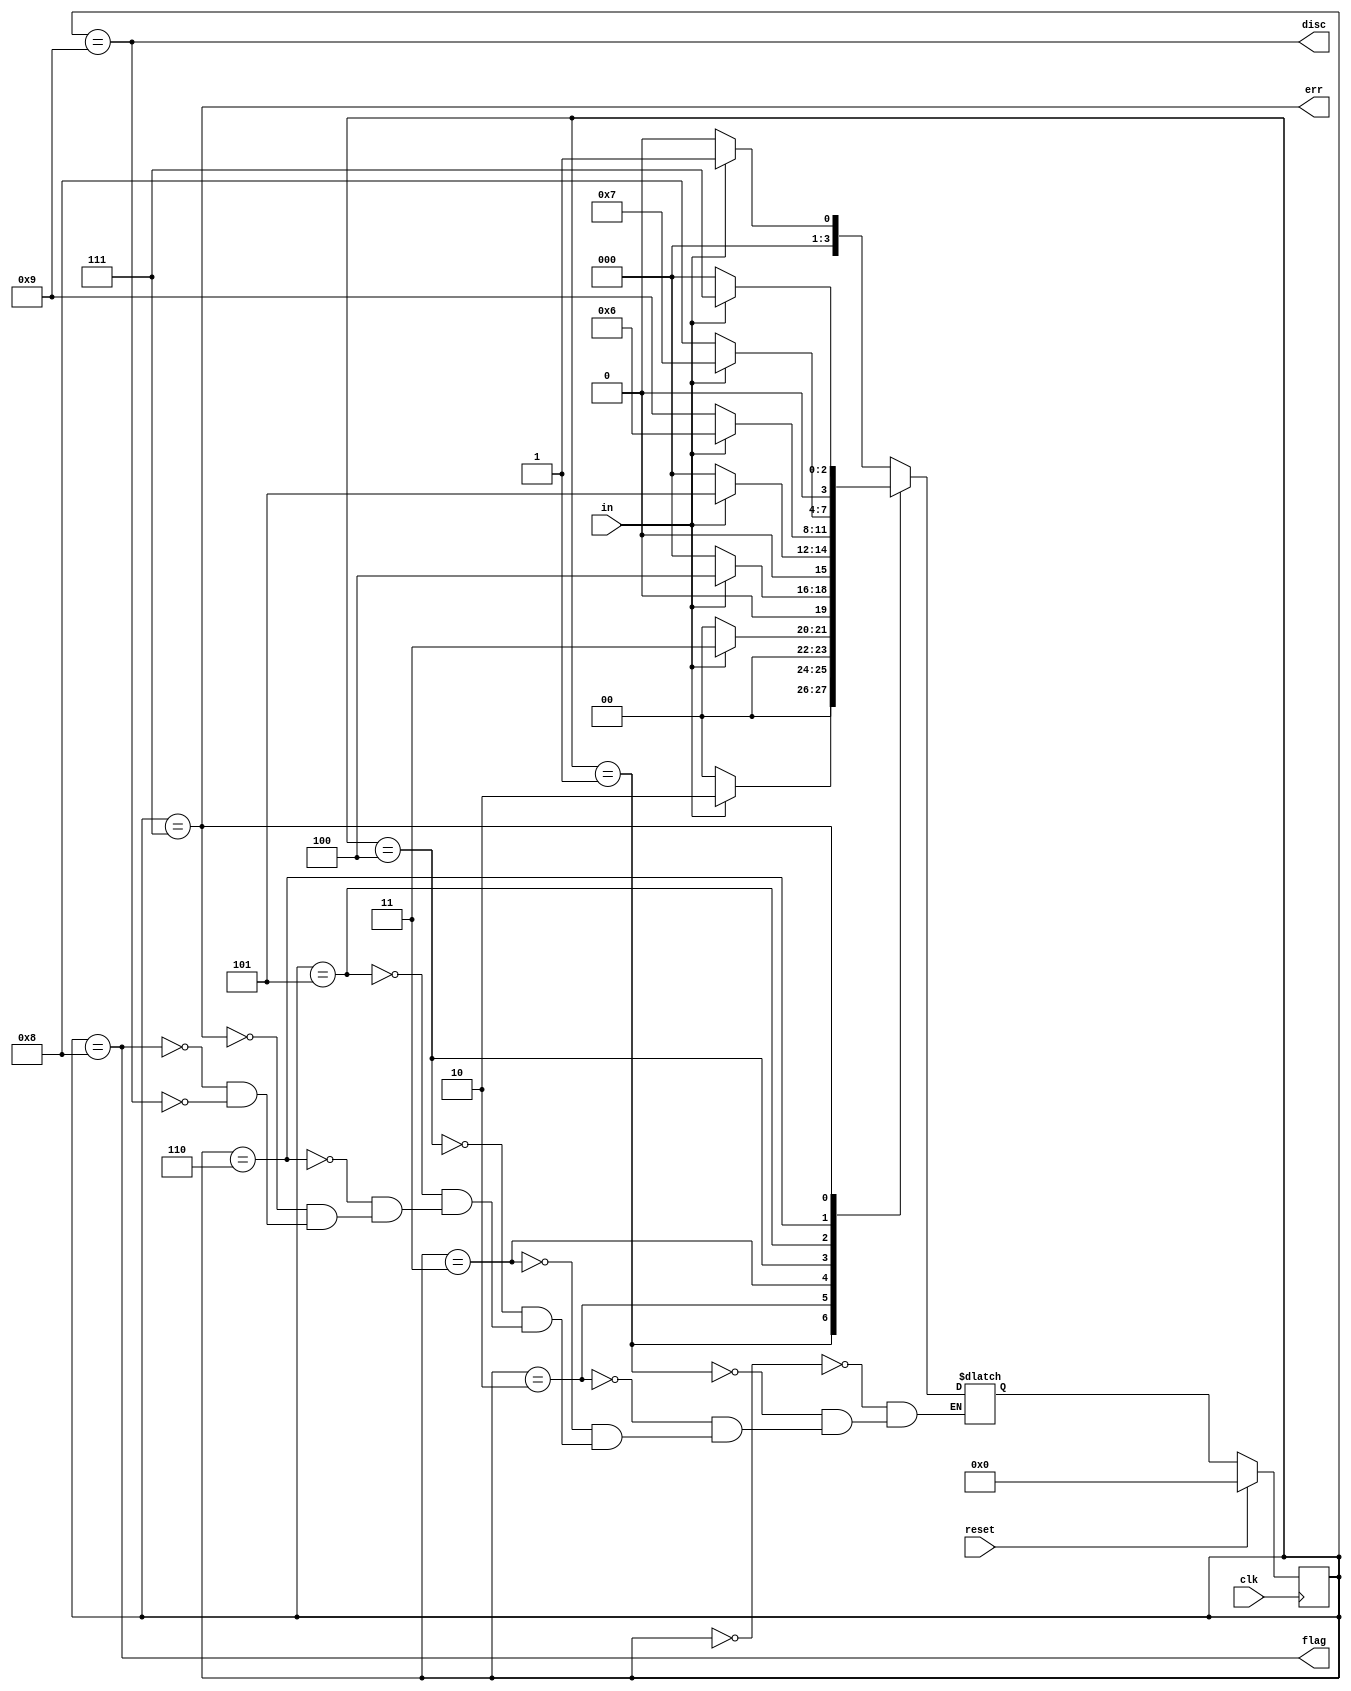
module top_module(
    input clk,
    input reset,    // Synchronous reset
    input in,
    output disc,
    output flag,
    output err);
    
    parameter NONE=0, ONE=1, TWO=2, THREE=3, FOUR=4, FIVE=5, SIX=6, ERR=7, FLAG=8, DISC=9;
    reg [3:0] state, next;
    
    always @(*) begin
        case (state)
            NONE: next = in?ONE:NONE;
            ONE: next = in?TWO:NONE;
            TWO: next = in?THREE:NONE;
            THREE: next = in?FOUR:NONE;
            FOUR: next = in?FIVE:NONE;
            FIVE: next = in?SIX:DISC;
            SIX: next = in?ERR:FLAG;
            ERR: next = in?ERR:NONE;
            FLAG: next = in?ONE:NONE;
            DISC: next = in?ONE:NONE;
        endcase
    end
    
    always @(posedge clk) begin
        if (reset)
            state <= NONE;
        else 
            state <= next;
    end
    
	assign disc = (state==DISC);
	assign flag = (state==FLAG);
	assign err = (state==ERR);
    
            
endmodule